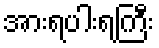
အားရပါးရကြီး